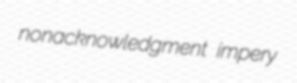
nonacknowledgment impery